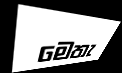
මෙතැ